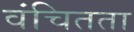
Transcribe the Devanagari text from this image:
वंचितता